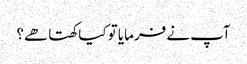
آپ نے فرمایا تو کیا کھتا ھے؟